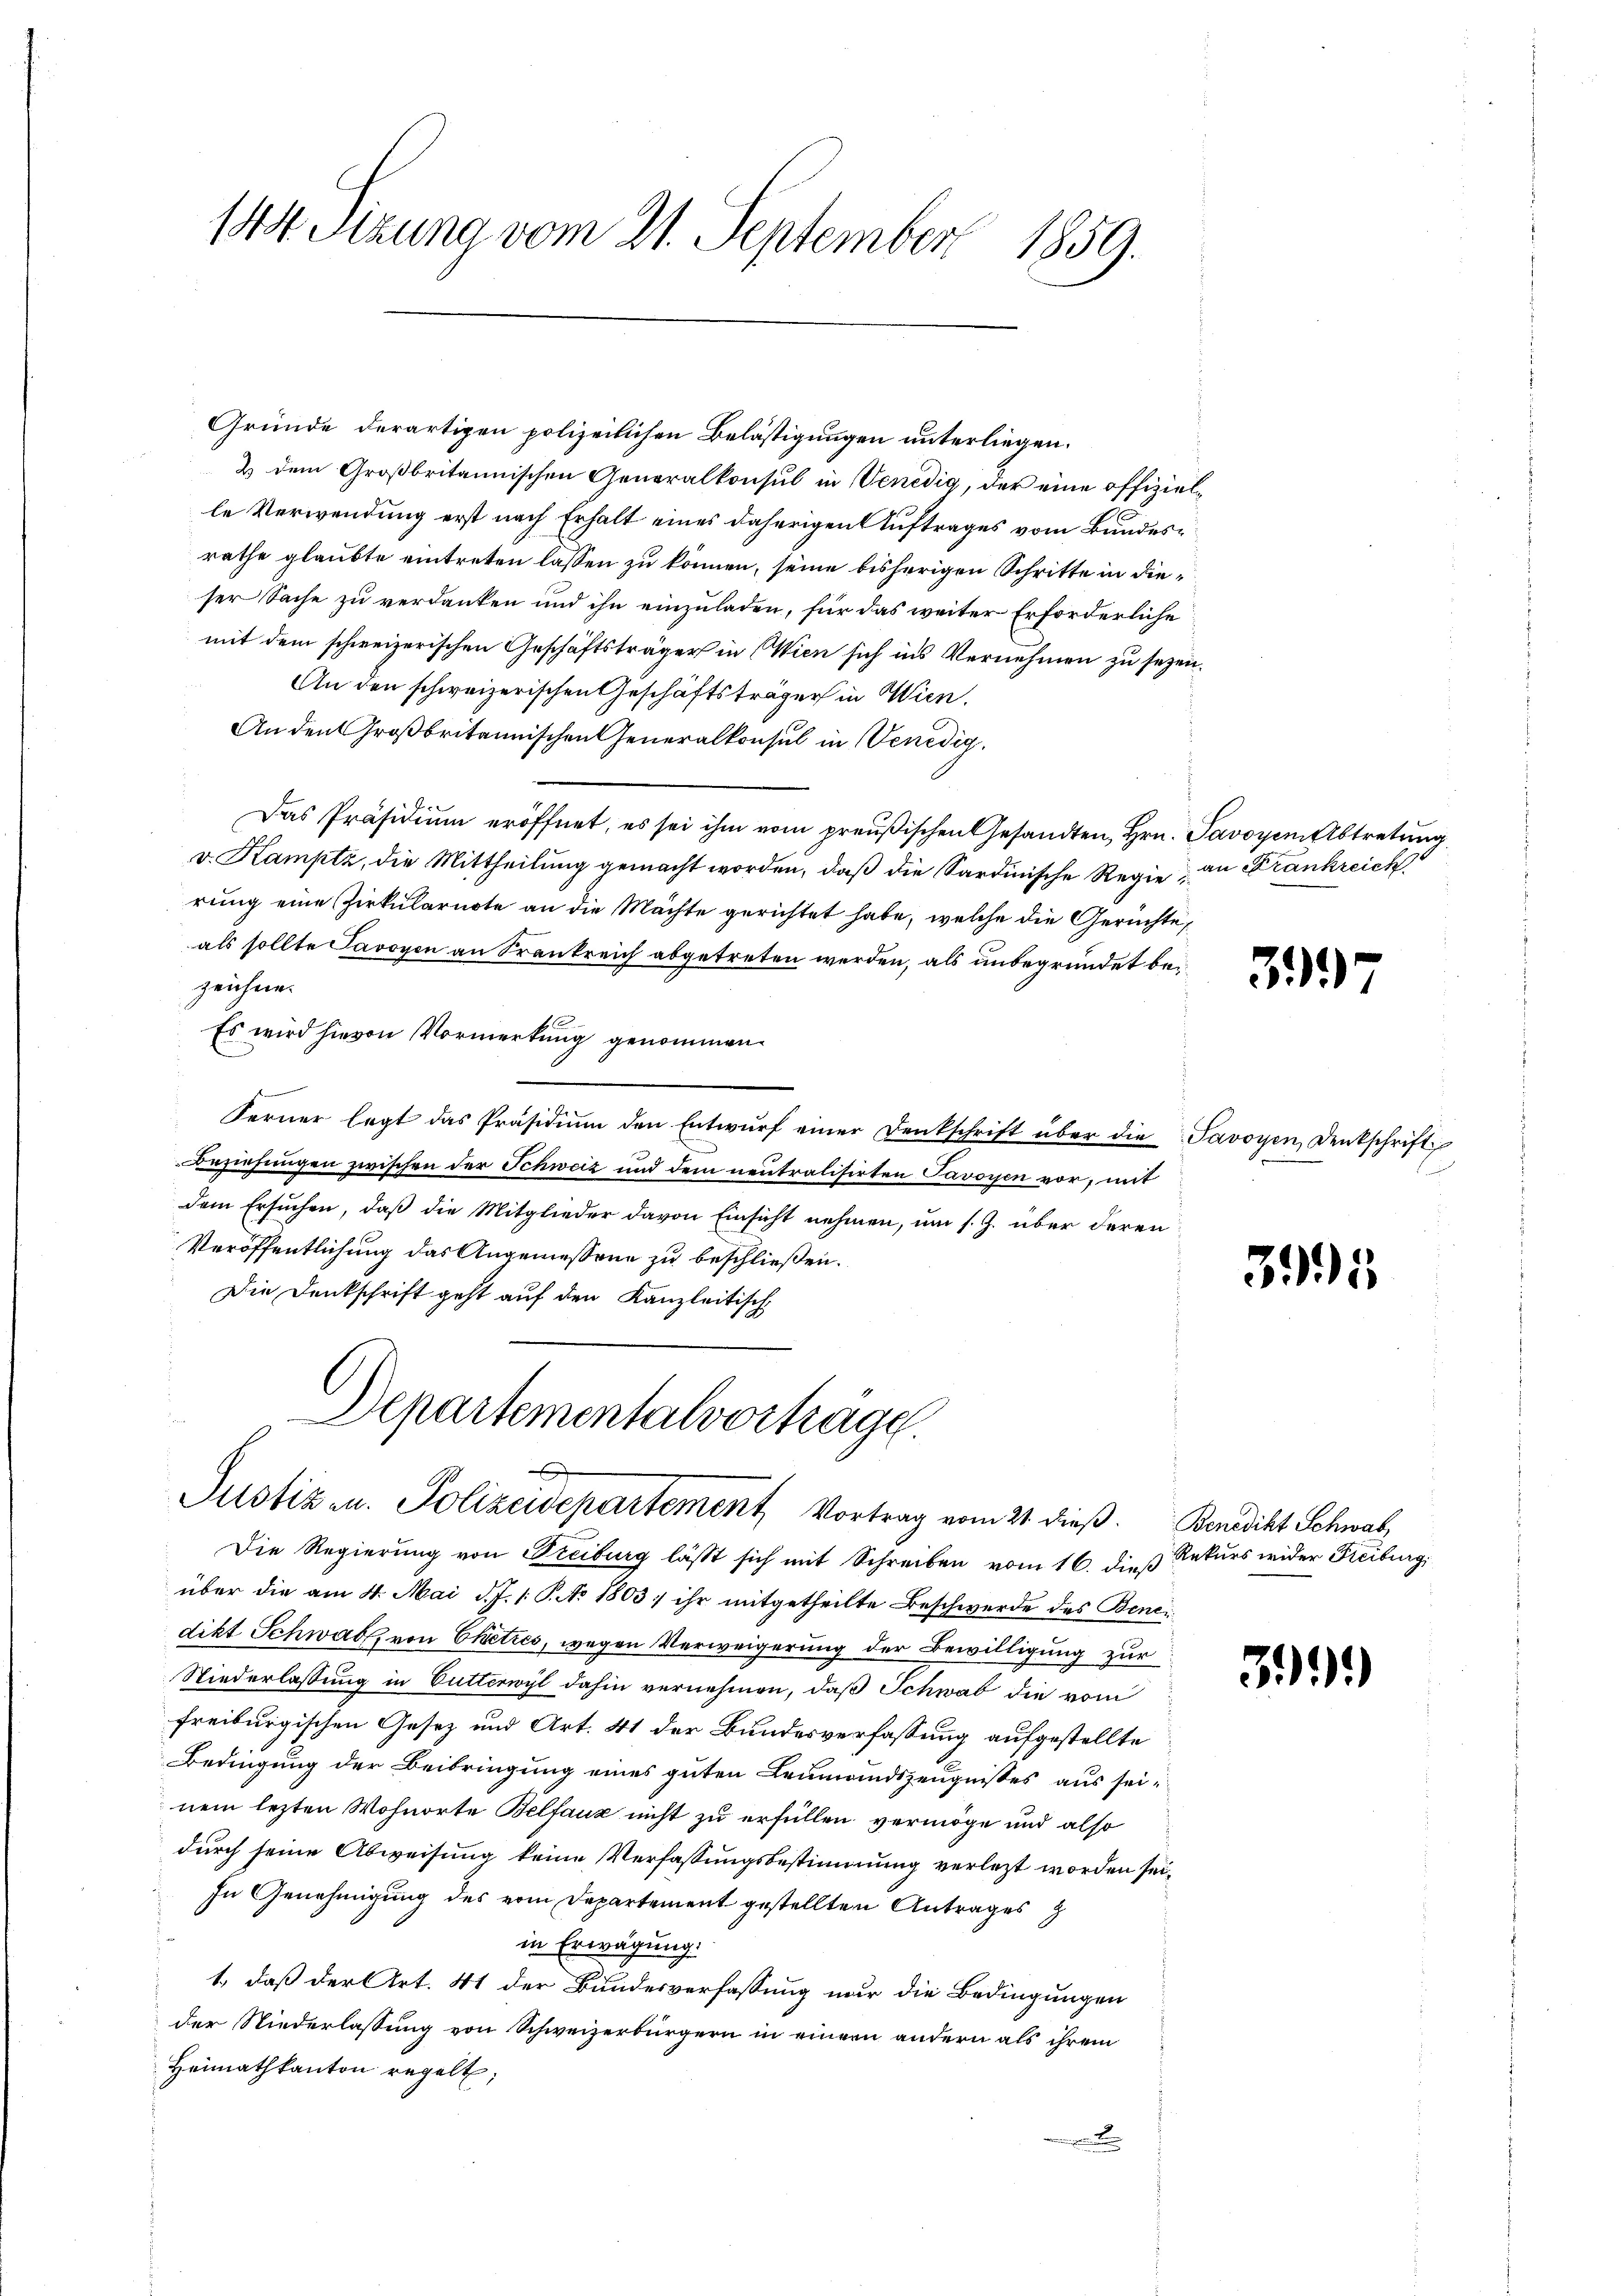
144 Sizung vom 21. September 1859.

Gründe derartigen polizeilichen Belästigungen unterliegen.
2 dem Großbritannischen Generalkonsul in Venedig, der eine offizielle Verwendung erst nach Erhalt eines daherigen Auftrages vom Bundesrathe glaubte eintreten lassen zu können, seine bisherigen Schritte in dieser Sache zu verdanken und ihn einzuladen, für das weiter Erforderliche
mit dem schweizerischen Geschäftsträger in (Wien sich ins Vernehmen zu sezen.
An den schweizerischen Geschäftsträger in Wien.
An den Großbritannischen Generalkonsul in Venedig¬
Das Präsidium eröffnet, es sei ihm vom preußischen Gesandten, Hrn. Savoyen Abtretung
v. Kamptz, die Mittheilŭng gemacht worden, daβ die Sardinische Regie an Frankreich
rung eine Zirkularnote an die Mächte gerichtet habe, welche die Gerichte,
als sollte Pavoyen an Frankreich abgetreten werden, als unbegründet bezeichne.
Es wird hievon Vormerkung genommen.
Ferner legt das Präsidiŭm den Entwŭrf einer Denkschrift über die Savoyen Denkschrift
Beziehungen zwischen der Schweiz und dem neutralisirten Savoyen vor, mit
dem Ersuchen, daß die Mitglieder davon Einsicht nehmen, um s. Z. über deren
Veröffentlichung das Angemessene zu beschließen.
Die Denkschrift geht auf den Kanzleitisch
d
Departementalvorträge.
A
Justiz- u. Polizeidepartement, Vortrag vom 21. dieß. Benedikt Schwab
Die Regierung von Freiburg läßt sich mit Schreiben vom 16. dieß Rekurs wider Freiburg,
über die am 4. Mai d. J. 1 S. Ao 1803) ihr mitgetheilte Beschwerde des Bencidikt Schwab, von Eketzes, wegen Verweigerung der Bewilligung zur
Niederlassung in Butterwyl dahin vernehmen, daß Schwab die vom
freiburgischen Gesez und Art. 41 der Bundesverfassung aufgestellte
Bedingung der Beibringung eines guten Leumundszeugnisses aus seinem lezten Wohnorte Belfaux nicht zu erfüllen vermöge und also
durch seine Abweisung keine Verfassungsbestimmung verletzt worden sei¬
In Genehmigung des vom Departement gestellten Antrages
in Erwägung.
1., daß der Art. 41 der Bundesverfassung nur die Bedingungen
der Niederlassung von Schweizerbürgern in einem andern als ihrem
Heimathkanton regelt,

37

3995

39)